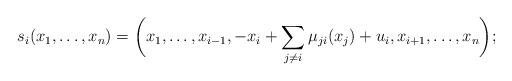
LaTeX: \begin{gather*} s_i(x_1,\dots,x_n) =\bigg(x_1,\dots,x_{i-1},-x_i+\sum_{j\ne i} \mu_{ji}(x_j)+u_i,x_{i+1},\dots,x_n\bigg);\end{gather*}